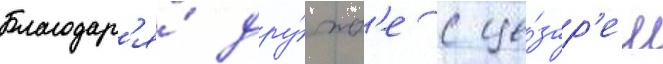
Благодар'я́ дру́жб'е с це́зар'ем